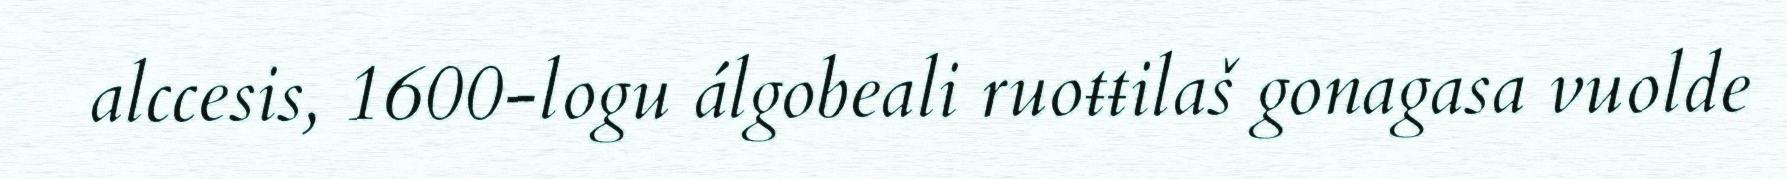
alccesis, 1600-logu álgobeali ruoŧŧilaš gonagasa vuolde